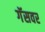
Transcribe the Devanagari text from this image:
गॅसवर